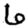
Digit: 6